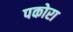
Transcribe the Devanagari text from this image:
पकोरा